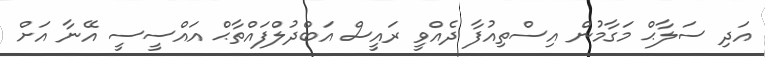
އަދި ސަލާޙް މަގާމުން އިސްތިއުފާ ދެއްވީ ރައީސް އަބްދުލްފައްތާޙް އައްސީސީ އޭނާ އަށް